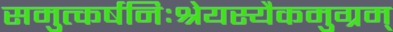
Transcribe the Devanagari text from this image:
समुत्कर्षनिःश्रेयस्यैकमुग्रम्‌